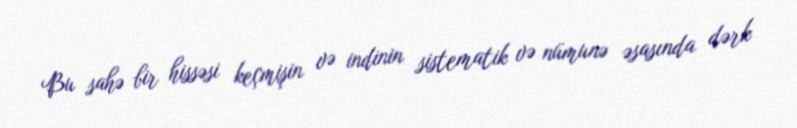
Bu sahə bir hissəsi keçmişin və indinin sistematik və nümunə əsasında dərk